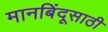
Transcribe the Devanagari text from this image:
मानबिंदूसाठी